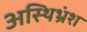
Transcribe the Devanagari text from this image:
अस्थिभ्रंश